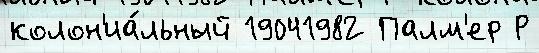
колон'иа́льный 19041982 Палм'ер Р